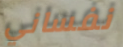
نفساني